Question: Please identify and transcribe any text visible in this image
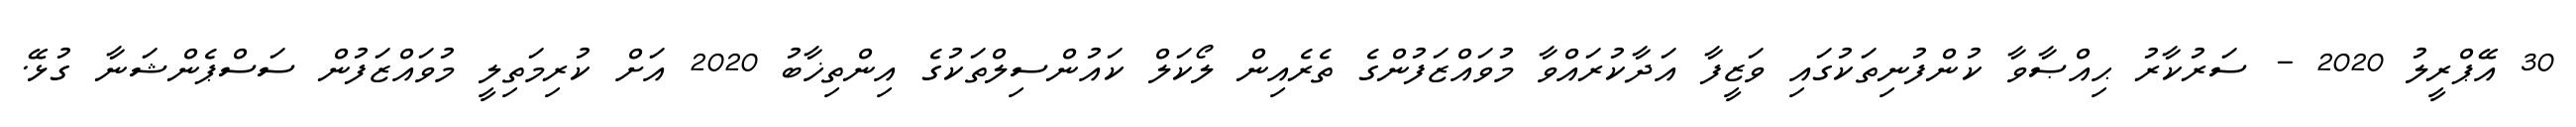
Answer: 30 އޭޕްރީލު 2020 - ސަރުކާރު ޙިއްޞާވާ ކުންފުނިތަކުގައި ވަޒީފާ އަދާކުރައްވާ މުވައްޒަފުންގެ ތެރެއިން ލޯކަލް ކައުންސިލްތަކުގެ އިންތިޚާބު 2020 އަށް ކުރިމަތިލީ މުވައްޒަފުން ސަސްޕެންޝަނާ ގުޅޭ.